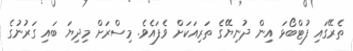
ތެރޭގައި ފުޓްބޯޅަ އިން ދުނިޔޭގެ ތަރިއަކަށް ވެފައެވެ. މިސްރަށް މިދިޔަ ބައި ގަރުނުގެ